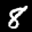
Label: 8